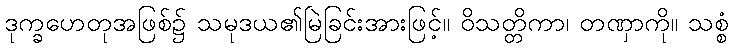
ဒုက္ခဟေတုအဖြစ်၌ သမုဒယ၏မြဲခြင်းအားဖြင့်။ ဝိသတ္တိကာ၊ တဏှာကို။ သစ္စံ